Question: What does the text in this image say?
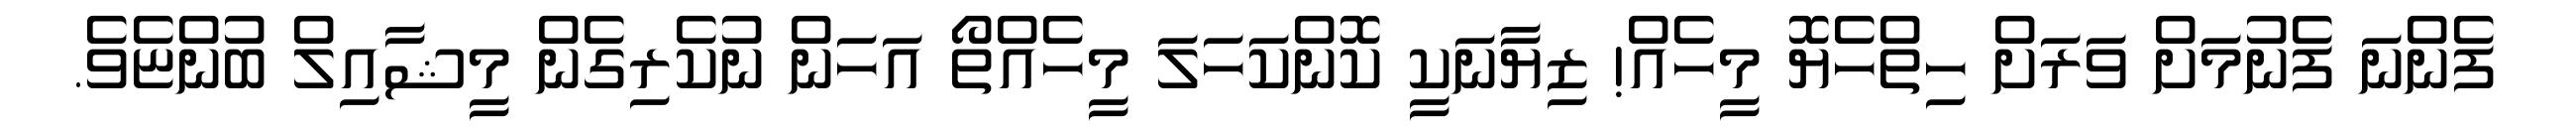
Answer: ފެންނަ ފެނުމަށް ވަރަށް ހިތްހެޔޮ މީހެއް! ޒިޔާނަކީ ކޮންކަހަލަ މީހެއްތޯ އަހަން ނުކެރިގެން މީޝާއިލް ބުންޏެވެ.